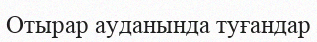
Отырар ауданында туғандар